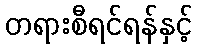
တရားစီရင်ရန်နှင့်